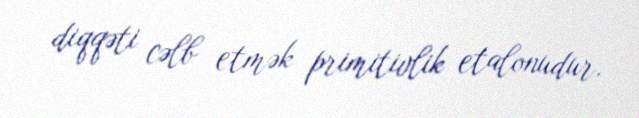
diqqəti cəlb etmək primitivlik etalonudur.